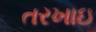
તરખાઇ